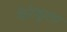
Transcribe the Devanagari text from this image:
केरेकूला